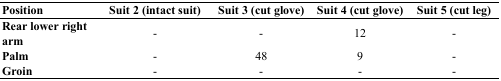
<table><thead><tr><td><b>Position</b></td><td><b>Suit 2 (intact suit)</b></td><td><b>Suit 3 (cut glove)</b></td><td><b>Suit 4 (cut glove)</b></td><td><b>Suit 5 (cut leg)</b></td></tr></thead><tbody><tr><td><b>Rear lower right arm</b></td><td>-</td><td>-</td><td>12</td><td>-</td></tr><tr><td><b>Palm</b></td><td>-</td><td>48</td><td>9</td><td>-</td></tr><tr><td><b>Groin</b></td><td>-</td><td>-</td><td>-</td><td>-</td></tr></tbody></table>